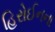
હિરોઈનના